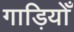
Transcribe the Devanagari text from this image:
गाड़ियोँ